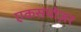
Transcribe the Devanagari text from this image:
एकसपोज़र